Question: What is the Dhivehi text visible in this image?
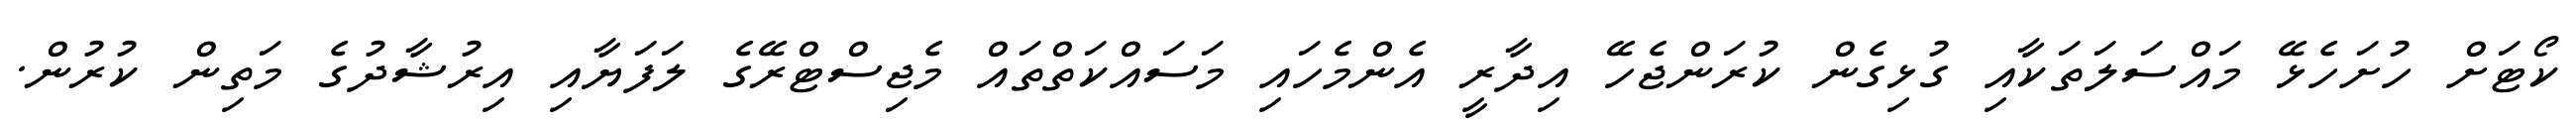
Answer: ކޯޓަށް ހުށަހެޅޭ މައްސަލަތަކާއި ގުޅިގެން ކުރަންޖެހޭ އިދާރީ އެންމެހައި މަސައްކަތްތައް މެޖިސްޓްރޭގެ ލަފަޔާއި އިރުޝާދުގެ މަތިން ކުރުން.